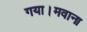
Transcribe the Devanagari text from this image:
गया।मवाना